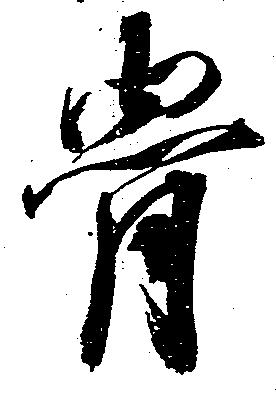
骨